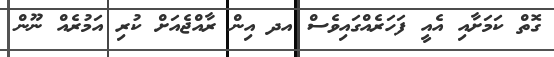
ގޮތް ކަމަށާއި އެއީ ފަހަރެއްގައިވެސް އދ އިން ރާއްޖެއަށް ކުރި އަމުރެއް ނޫން